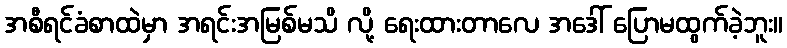
အစီရင်ခံစာထဲမှာ အရင်းအမြစ်မသိ လို့ ရေးထားတာလေ အဒေါ် ပြောမထွက်ခဲ့ဘူး။